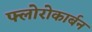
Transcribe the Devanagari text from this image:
फ्लोरोकार्बन